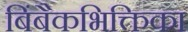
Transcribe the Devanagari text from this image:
बिंबैकभिक्तिका